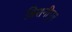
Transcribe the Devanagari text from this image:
बिशनीपुर